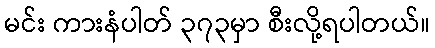
မင်း ကားနံပါတ် ၃၇၃မှာ စီးလို့ရပါတယ်။